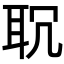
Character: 𦕍